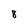
Character: 8